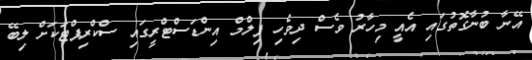
އޭނާ ބުނާގޮތުގައި އެއީ މިހާރު ވެސް ދިވެހި ފިލްމް އިންޑަސްޓްރީގައި ސްކްރިޕްޓަކަށް ލިބޭ